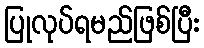
ပြုလုပ်ရမည်ဖြစ်ပြီး